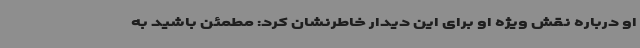
او درباره نقش ویژه او برای این دیدار خاطرنشان کرد: مطمئن باشید به